Trukikaitis_Postimees, lk 15
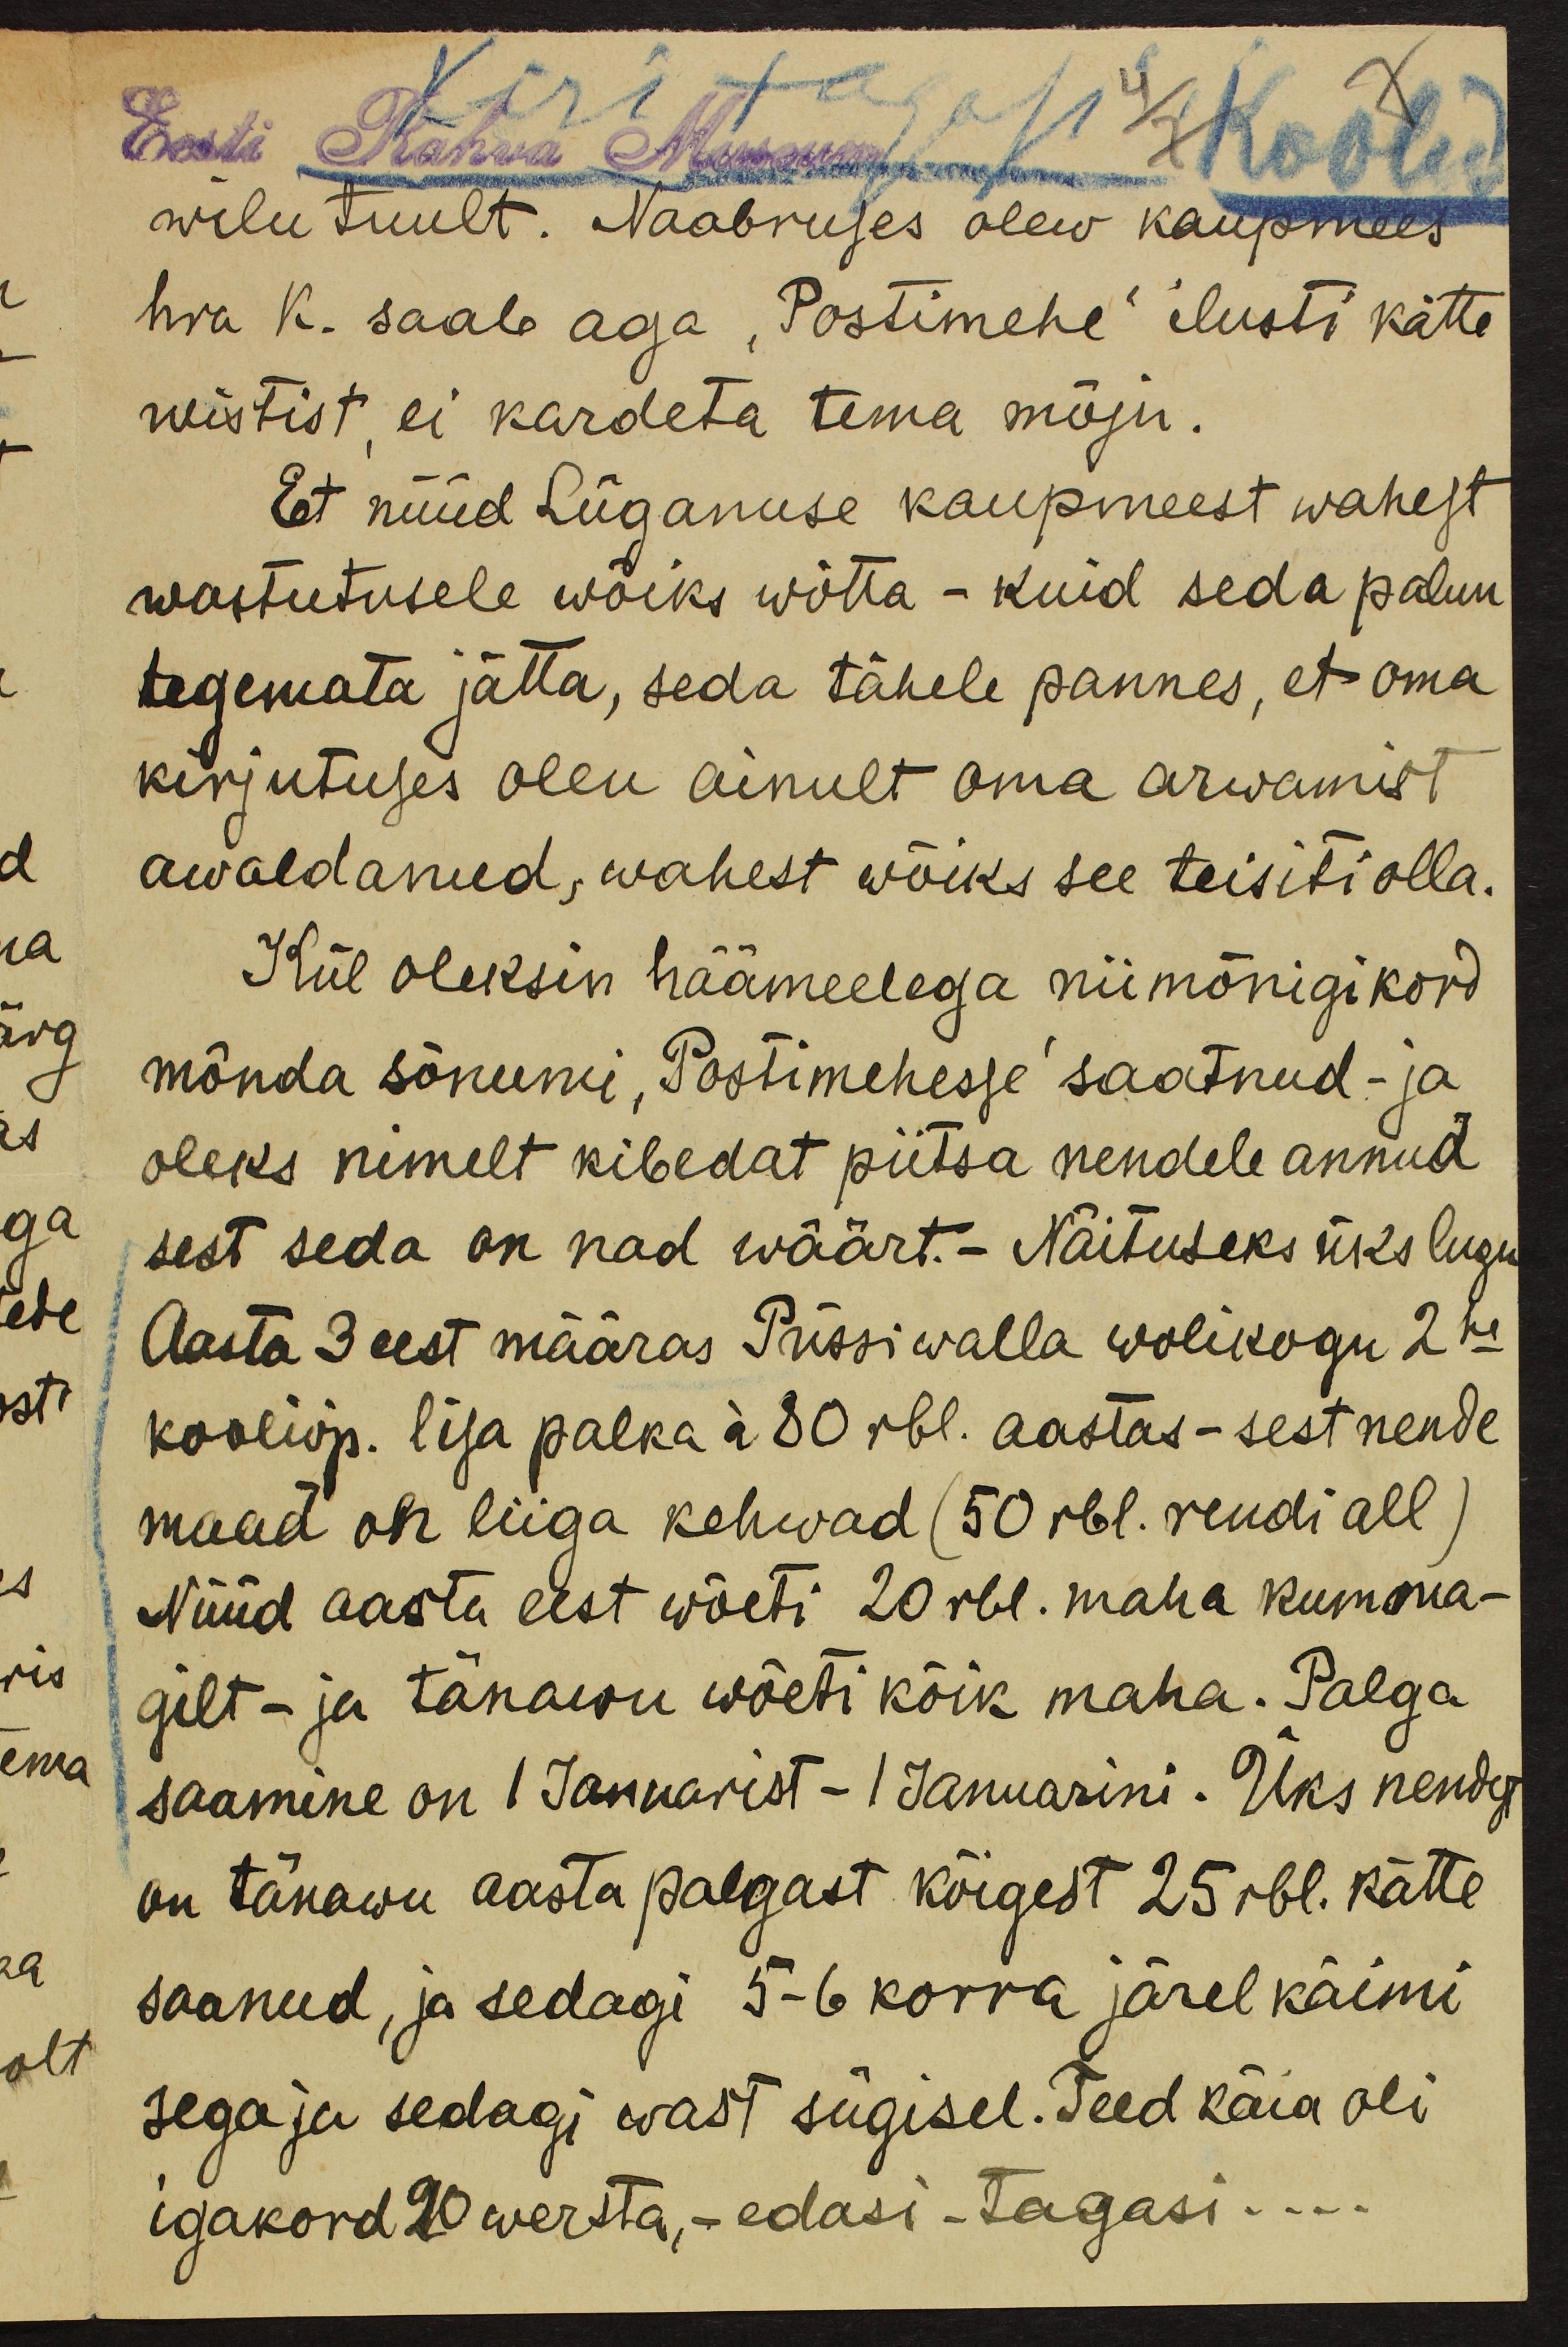
wilu tuult. Naabruses olew kaupmees
hra K. saab aga "Postimehe" ilusti kätte
wistist ei kardeta tema mõju.
Et nüüd Lüganuse kaupmeest wahest
wastutusele wõiks wõtta - kuid seda palun
tegemata jätta, seda tähele pannes, et oma
kirjutuses olen ainult oma arwamist
awaldanud, wahest wõiks see teisiti olla.
Kül oleksin häämeelega niimõnigikord
mõnda sõnumi "Postimehesse" saatnud - ja
oleks nimelt kibedat piitsa nendele annud
sest seda on nad wäärt.- Näituseks üks lugu
Aasta 3 eest määras Püssi walla wolikogu 2ne
kooliõp. lisa palka à 80 rbl. aastas - sest nende
maad on liiga kehwad (50 rbl. rendi all)
Nüüd aasta eest wõeti 20 rbl. maha kumma-
gilt- ja tänawu wõeti kõik maha. Palga
saamine on 1 Januarist - 1 Januarini. Üks nendest
on tänawu aasta palgast kõigest 25 rbl. kätte
saanud, ja sedagi 5-6 korra järel käimi
sega ja sedagi wast sügisel. Teed käia oli
igakord 20 wersta, - edasi-tagasi....